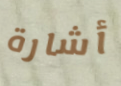
أشارة